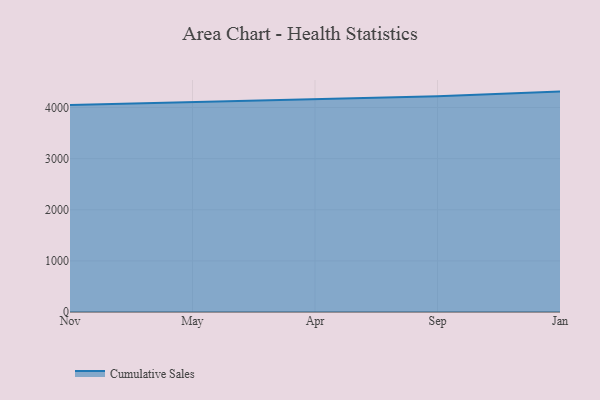
{"axis": {"x": "Month", "y": "Energy Usage (MWh)"}, "legend": ["Cumulative Sales"], "data": [{"x": "Nov", "y": 4051.2, "type": "Cumulative Sales"}, {"x": "May", "y": 4103.2, "type": "Cumulative Sales"}, {"x": "Apr", "y": 4164.1, "type": "Cumulative Sales"}, {"x": "Sep", "y": 4221.0, "type": "Cumulative Sales"}, {"x": "Jan", "y": 4311.2, "type": "Cumulative Sales"}]}